Insane asylums Bombay 1873-77 - 1873-1877
Year: 1873
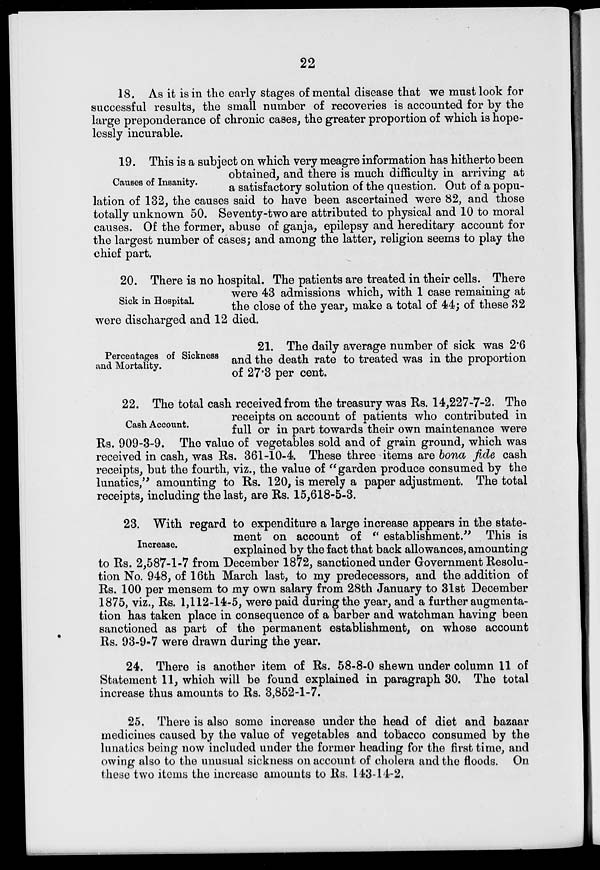
22
18. As it is in the early stages of mental disease that we must look for
successful results, the small number of recoveries is accounted for by the
large preponderance of chronic cases, the greater proportion of which is hope-
lessly incurable.
Causes of Insanity.
19. This is a subject on which very meagre information has hitherto been
obtained, and there is much difficulty in arriving at
a satisfactory solution of the question. Out of a popu-
lation of 132, the causes said to have been ascertained were 82, and those
totally unknown 50. Seventy-two are attributed to physical and 10 to moral
causes. Of the former, abuse of ganja, epilepsy and hereditary account for
the largest number of cases; and among the latter, religion seems to play the
chief part.
Sick in Hospital.
20. There is no hospital. The patients are treated in their cells. There
were 43 admissions which, with 1 case remaining at
the close of the year, make a total of 44; of these 32
were discharged and 12 died.
Percentages of Sickness
and Mortality.
21. The daily average number of sick was 2.6
and the death rate to treated was in the proportion
of 27.3 per cent.
Cash Account.
22. The total cash received from the treasury was Rs. 14,227-7-2. The
receipts on account of patients who contributed in
full or in part towards their own maintenance were
Rs. 909-3-9. The value of vegetables sold and of grain ground, which was
received in cash, was Rs. 361-10-4. These three items are bona fide cash
receipts, but the fourth, viz., the value of ''garden produce consumed by the
lunatics," amounting to Rs. 120, is merely a paper adjustment. The total
receipts, including the last, are Rs. 15,618-5-3.
Increase.
23. With regard to expenditure a large increase appears in the state-
ment on account of " establishment." This is
explained by the fact that back allowances, amounting
to Rs. 2,587-1-7 from December 1872, sanctioned under Government Resolu-
tion No. 948, of 16th March last, to my predecessors, and the addition of
Rs. 100 per mensem to my own salary from 28th January to 31st December
1875, viz., Rs. 1,112-14-5, were paid during the year, and a further augmenta-
tion has taken place in consequence of a barber and watchman having been
sanctioned as part of the permanent establishment, on whose account
Rs. 93-9-7 were drawn during the year.
24. There is another item of Rs. 58-8-0 shewn under column 11 of
Statement 11, which will be found explained in paragraph 30. The total
increase thus amounts to Rs. 3,852-1-7.
25. There is also some increase under the head of diet and bazaar
medicines caused by the value of vegetables and tobacco consumed by the
lunatics being now included under the former heading for the first time, and
owing also to the unusual sickness on account of cholera and the floods. On
these two items the increase amounts to Rs. 143-14-2.